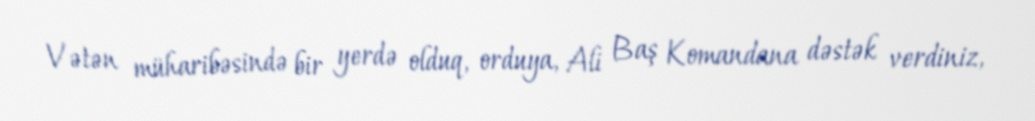
Vətən müharibəsində bir yerdə olduq, orduya, Ali Baş Komandana dəstək verdiniz,